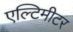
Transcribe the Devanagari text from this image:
एल्टिमीटर